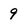
Character: 9